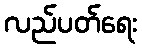
လည်ပတ်ရေး